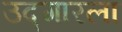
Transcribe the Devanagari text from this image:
उद्गारला